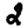
Digit: 2